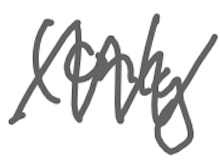
Text: (only
Cross-out: zig-zag
Writing tool: digital_gray